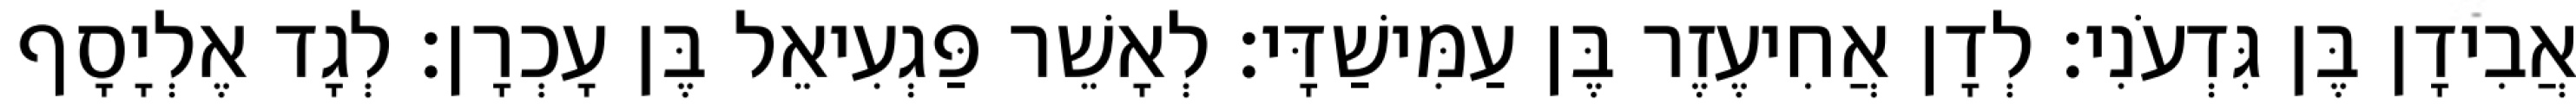
אֲבִידָן בֶּן גִּדְעֹנִי׃ לְדָן אֲחִיעֶזֶר בֶּן עַמִּישַׁדָּי׃ לְאָשֵׁר פַּגְעִיאֵל בֶּן עָכְרָן׃ לְגָד אֶלְיָסָף